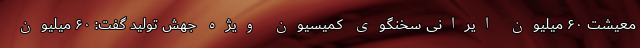
معیشت ۶۰ میلیون ایرانی سخنگوی کمیسیون ویژه جهش تولید گفت: ۶۰ میلیون